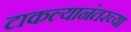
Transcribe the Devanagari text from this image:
टाकल्यानंतरच्या